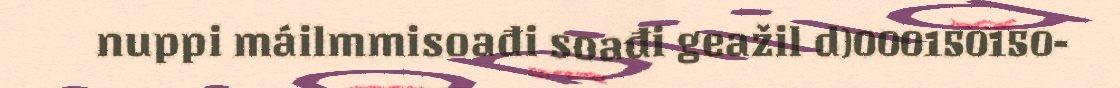
nuppi máilmmisoađi soađi geažil d)000150150-